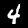
Label: 4